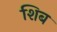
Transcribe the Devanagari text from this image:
शिब